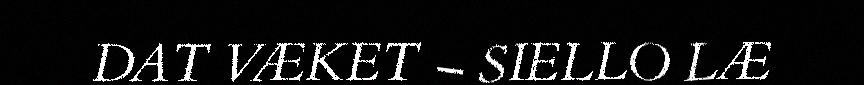
DAT VÆKET – SIELLO LÆ